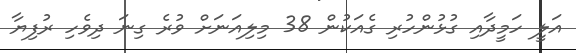
އަލީ ހަމީދާއި ގުޅުންހުރި ގެއަކުން 38 މިލިއަނަށް ވުރެ ގިނަ ދިވެހި ރުފިޔާ